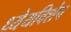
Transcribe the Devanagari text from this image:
ध्येयविशेष